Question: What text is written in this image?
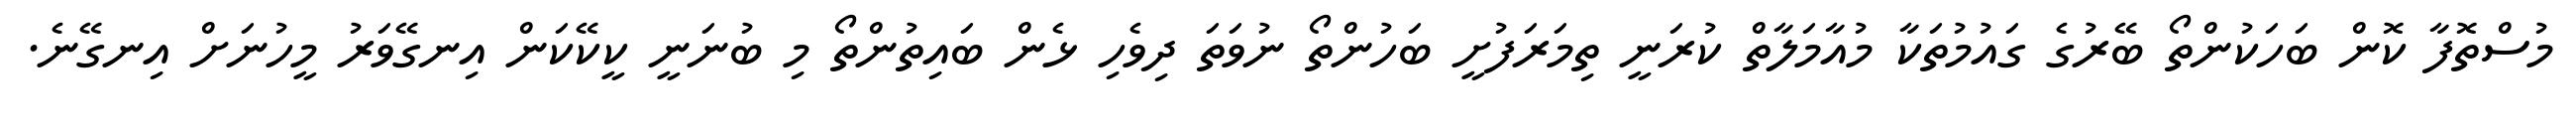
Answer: މުސްތޮފާ ކޮން ބަހަކުންތޯ ބޭރުގެ ގައުމުތަކާ މުއާމަލާތް ކުރަނީ ތިމަރަފުށީ ބަހުންތޯ ނުވަތަ ދިވެހި ޅެން ބައިތުންތޯ މި ބުނަނީ ކީކޭކަން އިނގޭވަރު މީހުނަށް އިނގޭނެ.